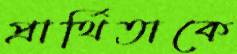
প্রার্থিতাকে